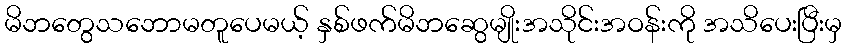
မိဘတွေသဘောမတူပေမယ့် နှစ်ဖက်မိဘဆွေမျိုးအသိုင်းအဝန်းကို အသိပေးပြီးမှ